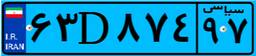
۴۷D۸۸۲۷۶